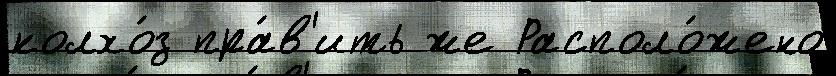
колхо́з пра́в'ить же Располо́жено